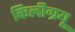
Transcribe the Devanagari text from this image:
किलीग्रयू